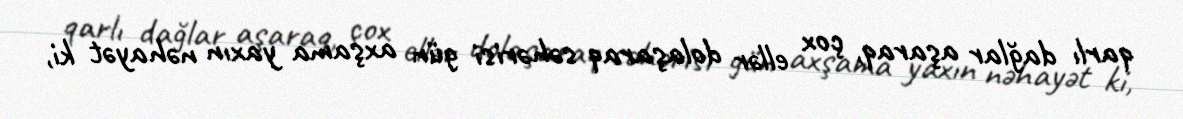
qarlı dağlar aşaraq, çox ellər dolaşaraq səhərisi gün axşama yaxın nəhayət ki,